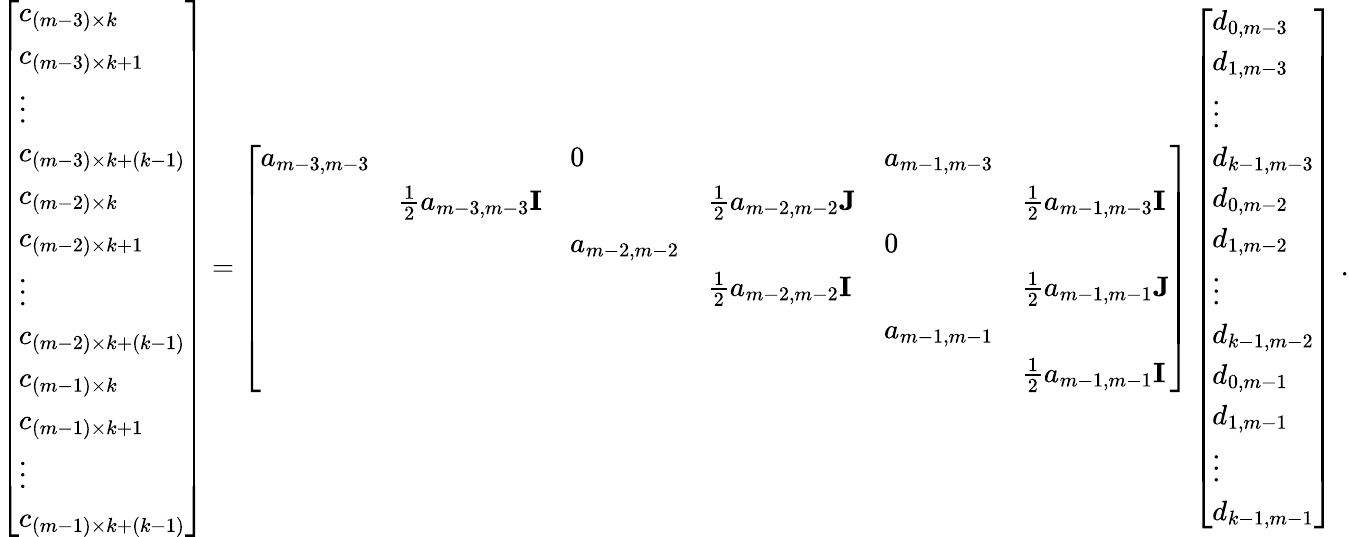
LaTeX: \begin{array}{r}{\left[\begin{array}{l}{c_{(m-3)\times k}}\\ {c_{(m-3)\times k+1}}\\ {\vdots}\\ {c_{(m-3)\times k+(k-1)}}\\ {c_{(m-2)\times k}}\\ {c_{(m-2)\times k+1}}\\ {\vdots}\\ {c_{(m-2)\times k+(k-1)}}\\ {c_{(m-1)\times k}}\\ {c_{(m-1)\times k+1}}\\ {\vdots}\\ {c_{(m-1)\times k+(k-1)}}\end{array}\right]=\left[\begin{array}{llllll}{a_{m-3,m-3}}&&{0}&&{a_{m-1,m-3}}&\\ &{\frac{1}{2}a_{m-3,m-3}{\mathbf I}}&&{\frac{1}{2}a_{m-2,m-2}{\mathbf J}}&&{\frac{1}{2}a_{m-1,m-3}{\mathbf I}}\\ &&{a_{m-2,m-2}}&&{0}&\\ &&&{\frac{1}{2}a_{m-2,m-2}{\mathbf I}}&&{\frac{1}{2}a_{m-1,m-1}{\mathbf J}}\\ &&&&{a_{m-1,m-1}}&\\ &&&&&{\frac{1}{2}a_{m-1,m-1}{\mathbf I}}\end{array}\right]\left[\begin{array}{l}{d_{0,m-3}}\\ {d_{1,m-3}}\\ {\vdots}\\ {d_{k-1,m-3}}\\ {d_{0,m-2}}\\ {d_{1,m-2}}\\ {\vdots}\\ {d_{k-1,m-2}}\\ {d_{0,m-1}}\\ {d_{1,m-1}}\\ {\vdots}\\ {d_{k-1,m-1}}\end{array}\right]\; .}\end{array}